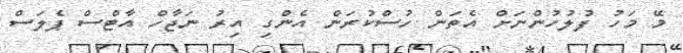
މޭ މަހު ފުލުހުންނަށް އެތަން ހުސްކުރަން އެންގި އިރު ނަޖާހް އާޓްސް ޕެލަސް